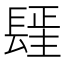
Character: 𰿓